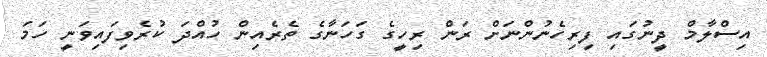
އިސްލާމް ދީނުގައި ފިރިހެނުންނަށް ރަން ރިހީގެ ގަހަނާގެ ތެރެއިން ހުއްދަ ކުރެވިފައިވަނީ ހަމަ